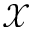
\mathcal { X }